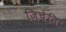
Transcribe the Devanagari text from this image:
जिचेनि